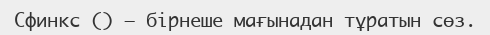
Сфинкс () – бірнеше мағынадан тұратын сөз.